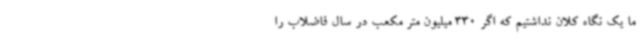
ما یک نگاه کلان نداشتیم که اگر 330 میلیون متر مکعب در سال فاضلاب را